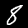
Digit: 8